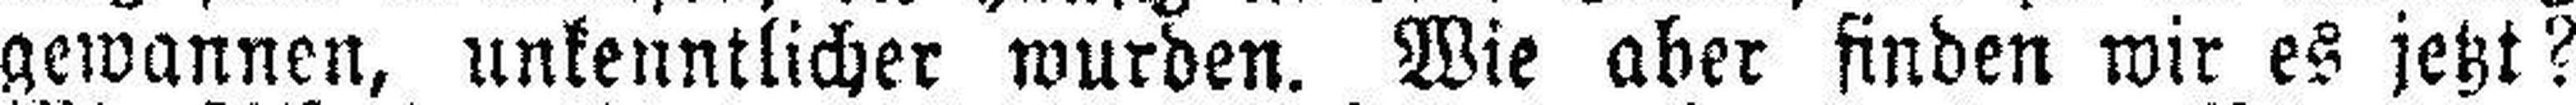
gewannen, unkenntlicher wurden. Wie aber finden wir es jetzt?